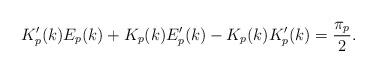
LaTeX: \begin{align*}K_p'(k)E_p(k)+K_p(k)E_p'(k)-K_p(k)K_p'(k)=\frac{\pi_p}{2}.\end{align*}